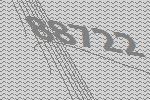
88722